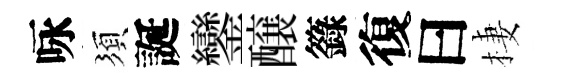
咏須誕鑾醸籙復曰棲